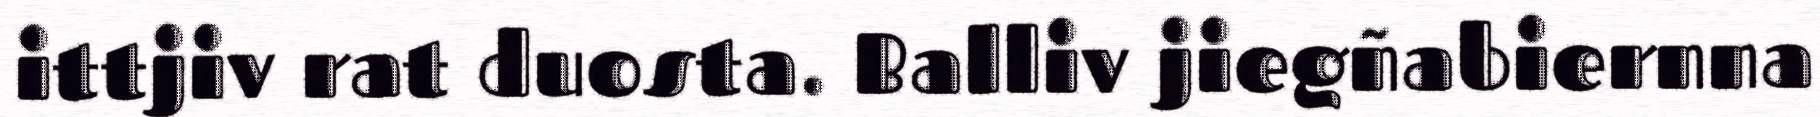
ittjiv rat duosta. Balliv jiegñabiernna